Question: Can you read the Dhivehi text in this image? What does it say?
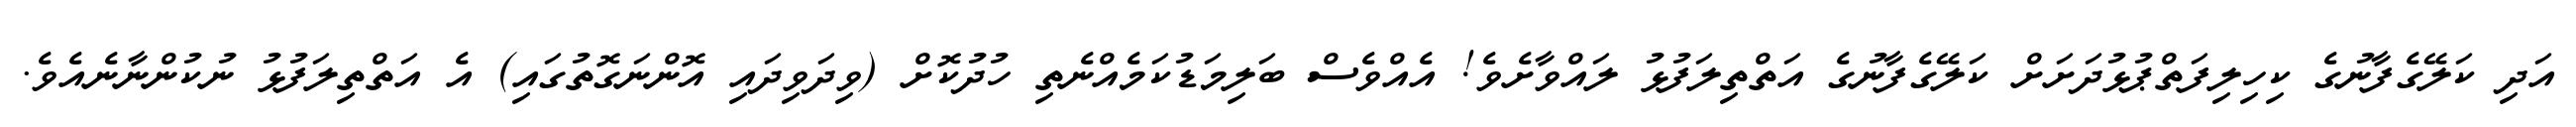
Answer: އަދި ކަލޭގެފާނުގެ ކިހިލިފަތްޕުޅުދަށަށް ކަލޭގެފާނުގެ އަތްތިލަފުޅު ލައްވާށެވެ! އެއްވެސް ބަލިމަޑުކަމެއްނެތި ހުދުކޮށް (ވިދަވިދައި އޮންނަގޮތުގައި) އެ އަތްތިލަފުޅު ނުކުންނާނެއެވެ.